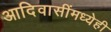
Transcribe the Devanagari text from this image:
आदिवासींमध्येही